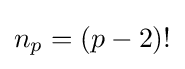
n_{p}=(p-2)!